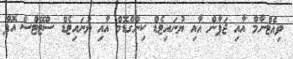
ވިއެޓްނާމް އާއި ޖަޕާން އާއި ޔުނައިޓެޑް ކިންގްޑޮމް އާއި ޔުނައިޓެޑް ސްޓޭޓްސް އޮފް